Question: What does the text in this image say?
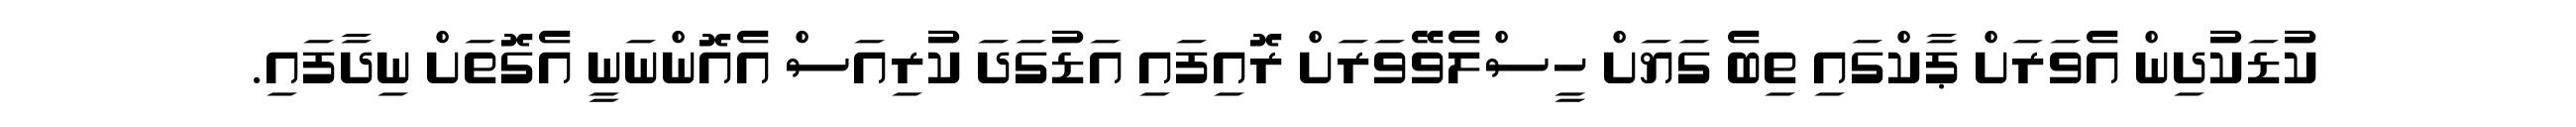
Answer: ކުޑަކުދިން އެވަރަށް ޕާކްގައި ތިބެ ގަޔަށް ހީސްލެވޭވަރަށް ރޮއިފައި އަޑުގަދަ ކުރިއަސް އެއޮންނަނީ އެގޮތަށް ނިދާފައި.